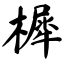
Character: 樨